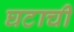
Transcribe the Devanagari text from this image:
घटाची